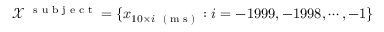
\mathcal X ^ { \mathrm { ~ \scriptsize ~ s ~ u ~ b ~ j ~ e ~ c ~ t ~ } } = \{ \boldsymbol x _ { 1 0 \times i \mathrm { ~ \tiny ~ ( ~ m ~ s ~ ) ~ } } : i = - 1 9 9 9 , - 1 9 9 8 , \cdots , - 1 \}